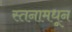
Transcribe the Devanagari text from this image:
स्तनामधून